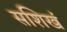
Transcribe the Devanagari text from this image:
सशिखं